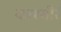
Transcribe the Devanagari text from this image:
काश्मीरं